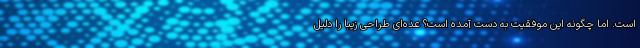
است. اما چگونه این موفقیت به دست آمده است؟ عده‌ای طراحی زیبا را دلیل